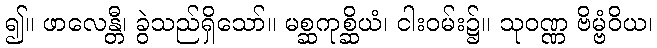
၍။ ဖာလေန္တီ၊ ခွဲသည်ရှိသော်။ မစ္ဆကုစ္ဆိယံ၊ ငါးဝမ်း၌။ သုဝဏ္ဏ ဗိမ္ဗံဝိယ၊